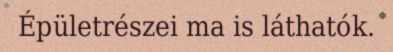
Épületrészei ma is láthatók.